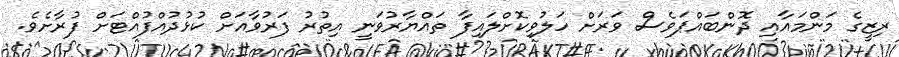
ރިޒީގެ މަންމައާއި ދޮންބައްޕަވެސް ވަރަށް ހަލުވިކޮށްލައިފާ ތައްޔާރުވަނީ އިތުރު ފަރުވާއަށް ކުޅުދުއްފުއްޓަށް ފުރާށެވެ.